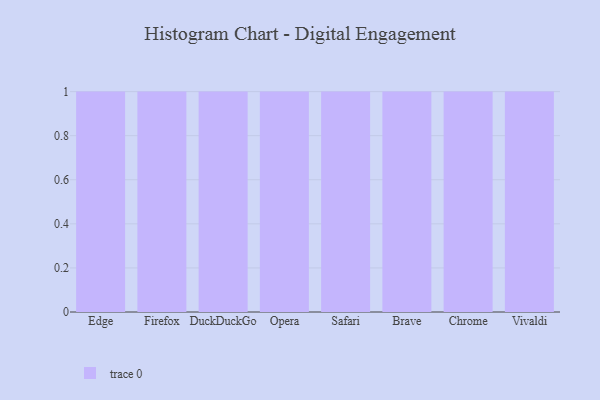
{"axis": {"x": "Browser", "y": "Conversion Rate (%)"}, "legend": [""], "data": [{"x": "Edge", "y": 58, "type": ""}, {"x": "Firefox", "y": 36, "type": ""}, {"x": "DuckDuckGo", "y": 95, "type": ""}, {"x": "Opera", "y": 13, "type": ""}, {"x": "Safari", "y": 82, "type": ""}, {"x": "Brave", "y": 60, "type": ""}, {"x": "Chrome", "y": 99, "type": ""}, {"x": "Vivaldi", "y": 53, "type": ""}]}